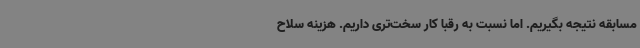
مسابقه نتیجه بگیریم. اما نسبت به رقبا کار سخت‌تری داریم‌. هزینه سلاح